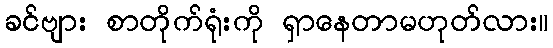
ခင်ဗျား စာတိုက်ရုံးကို ရှာနေတာမဟုတ်လား။